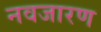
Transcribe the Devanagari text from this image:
नवजारण